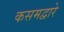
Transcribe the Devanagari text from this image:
कसमद्वारे